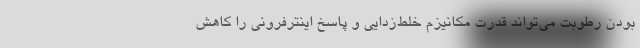
بودن رطوبت می‌تواند قدرت مکانیزم خلط‌زدایی و پاسخ اینترفرونی را کاهش